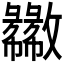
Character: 𫿦